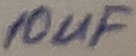
Text: 10uF